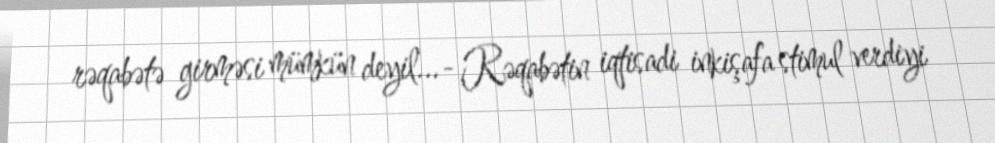
rəqabətə girməsi mümkün deyil...- Rəqabətin iqtisadi inkişafa stimul verdiyi